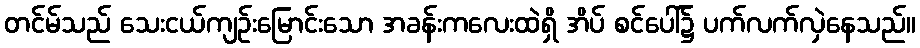
တင်မ်သည် သေးငယ်ကျဉ်းမြောင်းသော အခန်းကလေးထဲရှိ အိပ် စင်ပေါ်၌ ပက်လက်လှဲနေသည်။